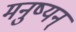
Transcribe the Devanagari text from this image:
मनुष्यन्